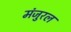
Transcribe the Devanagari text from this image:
मंजुरल